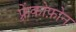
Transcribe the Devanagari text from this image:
फ़्रेंकोफ़ोन